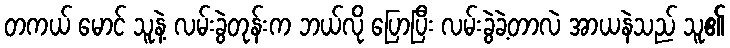
တကယ် မောင် သူနဲ့ လမ်းခွဲတုန်းက ဘယ်လို ပြောပြီး လမ်းခွဲခဲ့တာလဲ အာယနဲသည် သူ၏